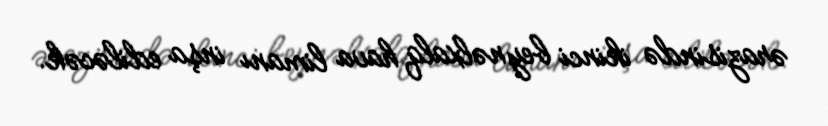
ərazisində ikinci beynəlxalq hava limanı inşa ediləcək.